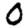
Digit: 0